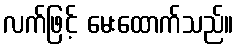
လက်ဖြင့် မေးထောက်သည်။